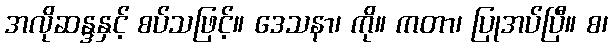
အလိုဆန္ဒနှင့် စပ်သဖြင့်။ ဒေသနာ၊ ကို။ ကတာ၊ ပြုအပ်ပြီ။ စ၊